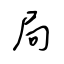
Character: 局